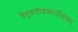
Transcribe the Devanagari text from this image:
धेनुकारिष्टकोऽनिष्टकृद्